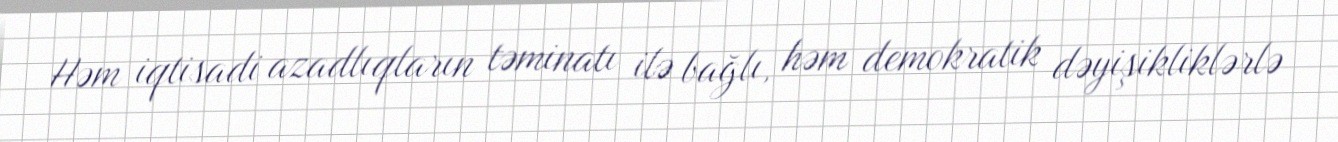
Həm iqtisadi azadlıqların təminatı ilə bağlı, həm demokratik dəyişikliklərlə